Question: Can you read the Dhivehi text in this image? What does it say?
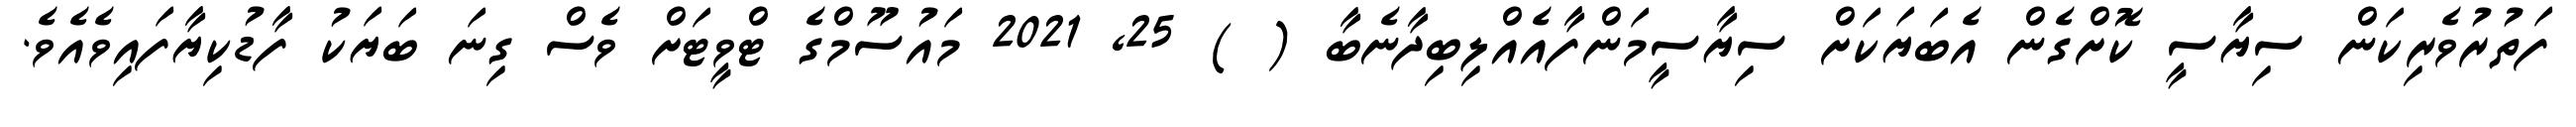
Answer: ފަތުރުވެރިކަން ސިޔާސީ ކޮށްގެން އެބަޔަކަށް ސިޔާސީމަންފާއެއްލިބިދާނެބާ ( ) 25, 2021 މައުސޫމްގެ ޓްވީޓަށް ވެސް ގިނަ ބަޔަކު ފާޑުކިޔާފައިވެއެވެ.